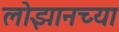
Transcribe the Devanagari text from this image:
लोझानच्या